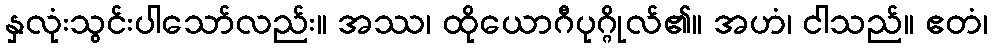
နှလုံးသွင်းပါသော်လည်း။ အဿ၊ ထိုယောဂီပုဂ္ဂိုလ်၏။ အဟံ၊ ငါသည်။ ဧတံ၊